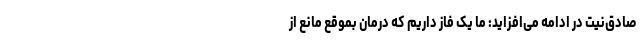
صادق‌نیت در ادامه می‌افزاید: ما یک فاز داریم که درمان بموقع مانع از